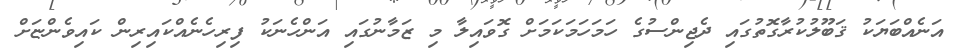
އަނެއްބަޔަކު ޤަބޫލުކުރާގޮތުގައި ދެޖިންސުގެ ހަމަހަމަކަމަށް ގޮވައިލާ މި ޒަމާނުގައި އަންހެނަކު ފިރިހެނެއްކައިރިން ކައިވެންޏަށް